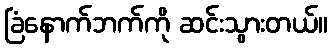
ခြံနောက်ဘက်ကို ဆင်းသွားတယ်။